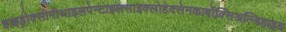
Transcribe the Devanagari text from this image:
हाइड्रोक्सीमीथाइलपेन्टाइलसाइक्लोहेक्सेनकार्बोक्सिअल्डिहाइड